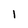
Character: l